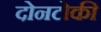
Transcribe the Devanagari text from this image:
दोनटोकी